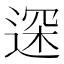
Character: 𲅢